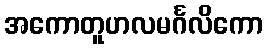
အကောတူဟလမင်္ဂလိကော